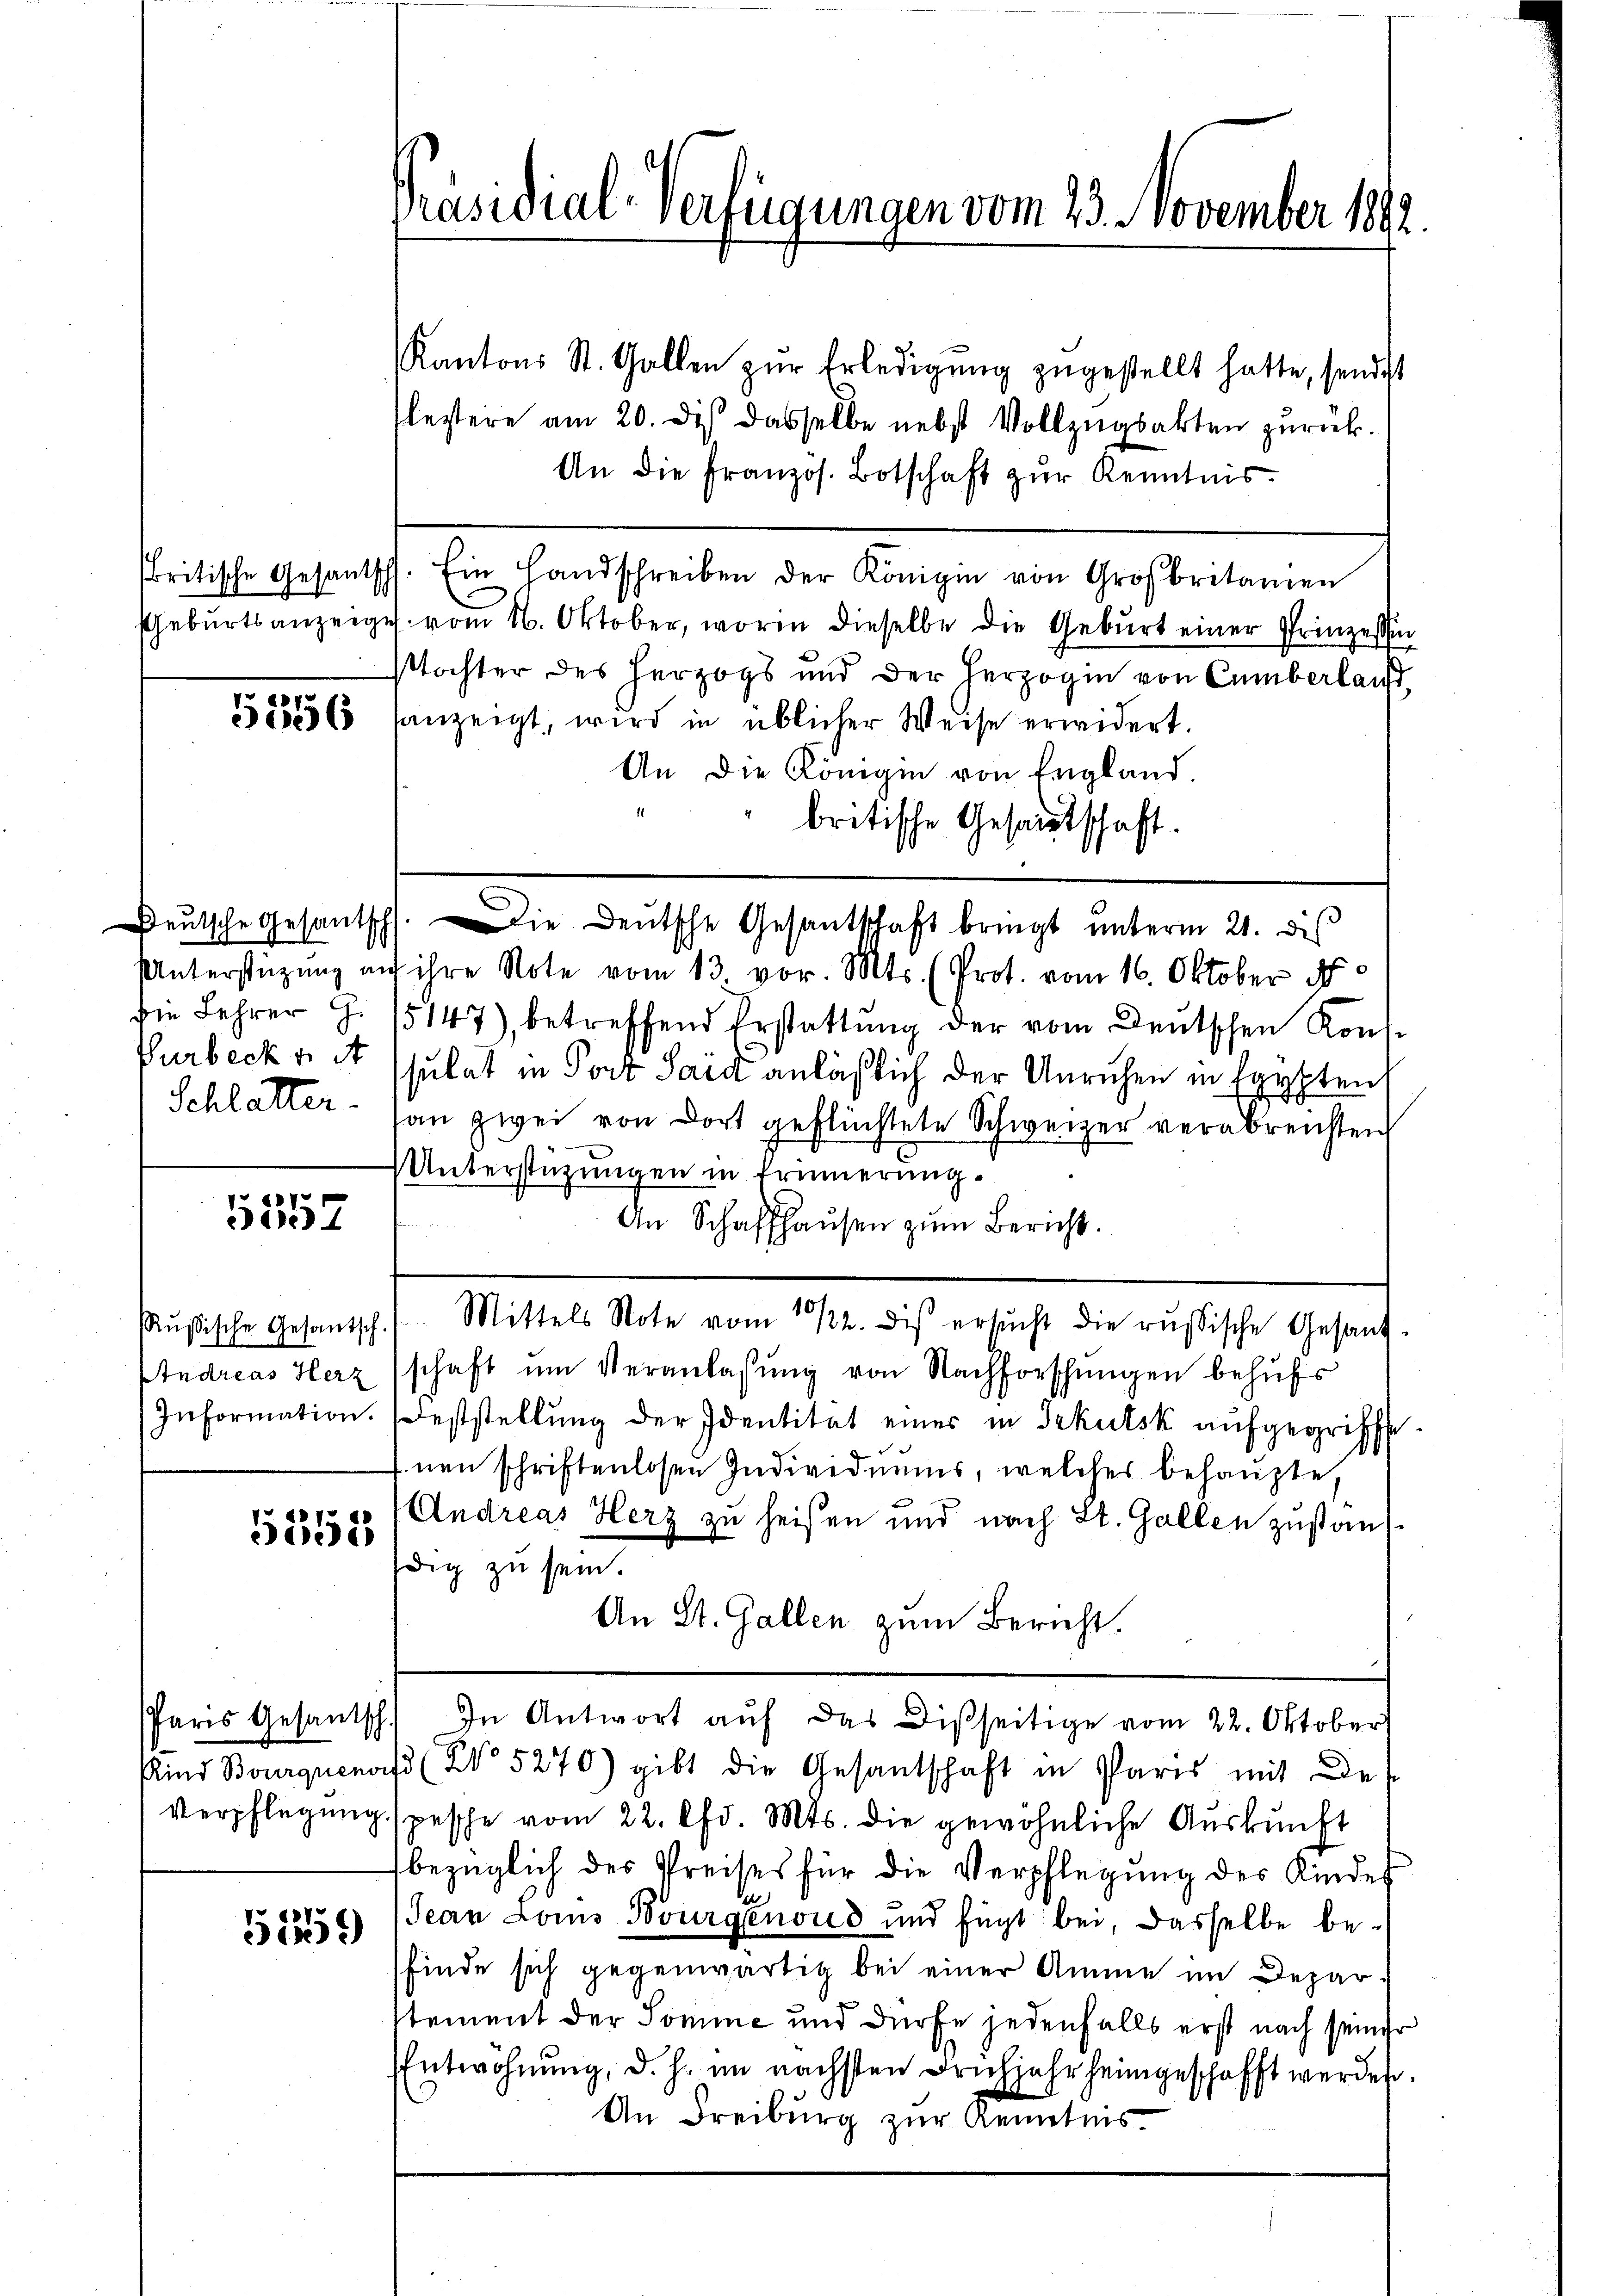
5556

Die Lehrer Z
Purbecks it
Schlatter.

5357

Rußische Gesantsch
Andreas Herz
Information.

5552

51259)

Präsidial-Verfügungen vom 23. November 189

Kantons St. Gallen zŭr Erledigung zugestellt hatte, sendest
estere am 20. dis dasselbe nebst Vollzugsakten zurück.
An die französ. Botschaft zŭr Kenntnis.
britische Gesantsch. Ein Handschreiben der Königin von Großbritanien
Gebŭrtsanzeige vom 16. Oktober, worin dieselbe die Geburt einer Prinzessi
stochter des Herzogs und der Herzogin von Cumberlaut
anzeigt, wird in üblicher Weise erwidert.
An die Königin von England,
britische Gesandtschaft.
Unterstüzung auf ihre Note vom 13 vor. Mts. (Prot. vom 16. Oktober 18
5147), betreffend Erstattung der vom Deutschen Kons.
sulat in Porz Said anläßlich der Unruhen in Egypten,
an zwei von dort geflüchtete Schweizer verabreichten
Unterstützungen in Erinnerung.
An Schaffhausen zum Bericht.
. /. Mittels Note vom 11/2. dis ersŭcht die russische Gesandschaft ŭm Veranlassŭng von Nachforschungen behufs
Feststellung der Identität einer in Irkutsk aufgegriffe
nen schriftenlosen Individuums, welches behaupte.
Andreas Herz zu heißen und nach St. Gallen zustaufdig zu sein.
An St. Gallen zum Bericht.
Paris Gesantsch. In Antwort aŭf das Disseitige vom 22. Oktober
Kind Bourqucnaf (No 5270) gibt die Gesantschaft in Paris mit des
Verpflegung spesche vom 22. d. Mts. die gewöhnliche Auskunft
bezüglich des Preises für die Verpflegung des Kindes
Jean Lois Bourgenoud und fügt bei, dasselbe befinde sich gegenwärtig bei einer Amme im Deparstement der Somme und dürfe jedenfalls erst nach seiner
Entwöhnung, d. h. im nächsten Frühjahr heimgeschafft werden,
An Freiburg zur Kenntnis

Beŭtsche Gesantsch. Die Deutsche Gesantschaft bringt unterm 21. dis